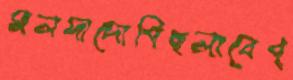
সলদাদোপিছলাবেপ্